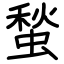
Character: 蝵